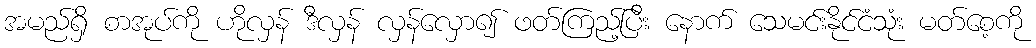
အမည်ရှိ စာအုပ်ကို ဟိုလှန် ဒီလှန် လှန်လှော၍ ဖတ်ကြည့်ပြီး နောက် သေမင်းနိုင်ငံသုံး မတ်စေ့ကို